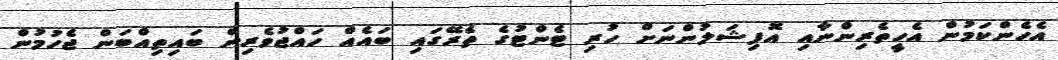
އެހެންކަމުން އެހީތެރިންނާއި އޮފިޝަލުންނަށް ހުރި ޓެންޓުގެ ތެރޭގައި ބައެއް ހައްޖުވެރިން ބައިތިއްބަން ޖެހުމުން